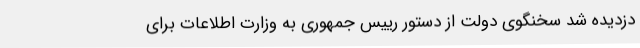
دزدیده شد سخنگوی دولت از دستور رییس جمهوری به وزارت اطلاعات برای